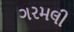
ગરમલી